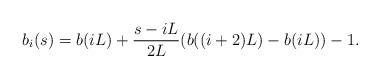
LaTeX: \begin{align*}b_i(s) = b(iL) + \frac{s-iL}{2L} (b((i+2)L)-b(iL)) - 1.\end{align*}